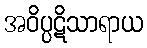
အဝိပ္ပဋိသာရာယ